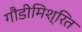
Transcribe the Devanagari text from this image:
गौडीमिश्रित